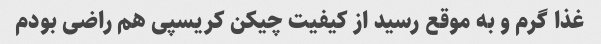
غذا گرم و به موقع رسید از کیفیت چیکن کریسپی هم راضی بودم